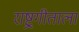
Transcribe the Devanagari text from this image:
राष्ट्रगीताला